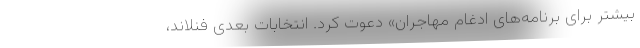
بیشتر برای برنامه‌های ادغام مهاجران» دعوت کرد. انتخابات بعدی فنلاند،